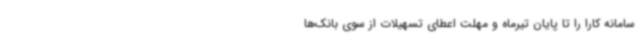
سامانه کارا را تا پایان تیرماه و مهلت اعطای تسهیلات از سوی بانک‌ها